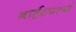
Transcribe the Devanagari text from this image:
बार्हस्पत्यं